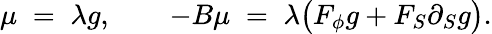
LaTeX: \mu\; =\; \lambda g,\qquad-B\mu\; =\; \lambda\bigl(F_{\phi}g+F_{S}\partial_{S}g\bigr).